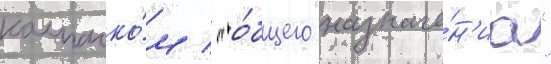
колпачко́м / "о́бщего назначе́н'иа"